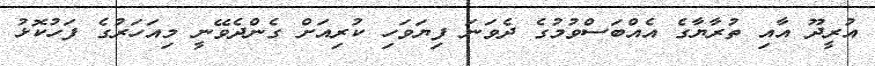
އުރީދޫ އާއި ތުރާޔާގެ އެއްބަސްވުމުގެ ދެވަނަ ފިޔަވަހި ކުރިއަށް ގެންދެވޭނީ މިއަހަރުގެ ފަހުކޮޅު